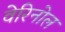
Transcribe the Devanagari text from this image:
वेरिनोल